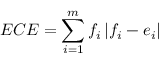
E C E = \sum _ { i = 1 } ^ { m } f _ { i } \left| f _ { i } - e _ { i } \right|